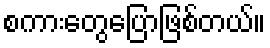
စကားတွေပြောဖြစ်တယ်။